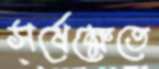
সর্ষেক্ষেতে